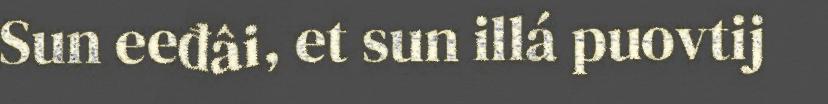
Sun eeđâi, et sun illá puovtij